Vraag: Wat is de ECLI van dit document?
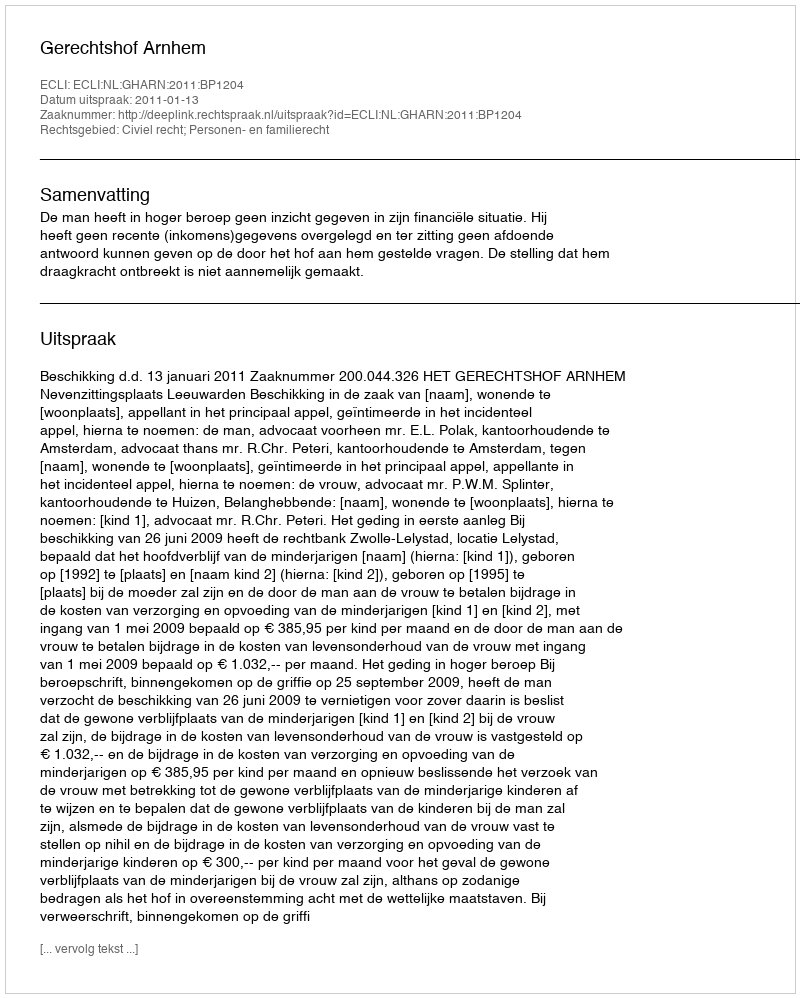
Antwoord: ECLI:NL:GHARN:2011:BP1204